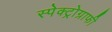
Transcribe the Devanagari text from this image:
स्पेक्ट्रोग्राफी